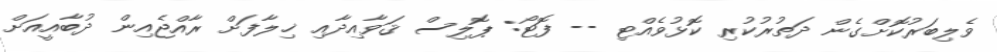
ވެލިބަރުކޮށްގެން ދަތުރުކުރި ކޮޅުވެއްޓި -- ފޮޓޯ: ޕޮލިސް ޤަވާއިދާއި ޚިލާފަށް ރާއްޖެއިން ދުބާއީއަށް